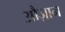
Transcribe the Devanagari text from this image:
औज़ान